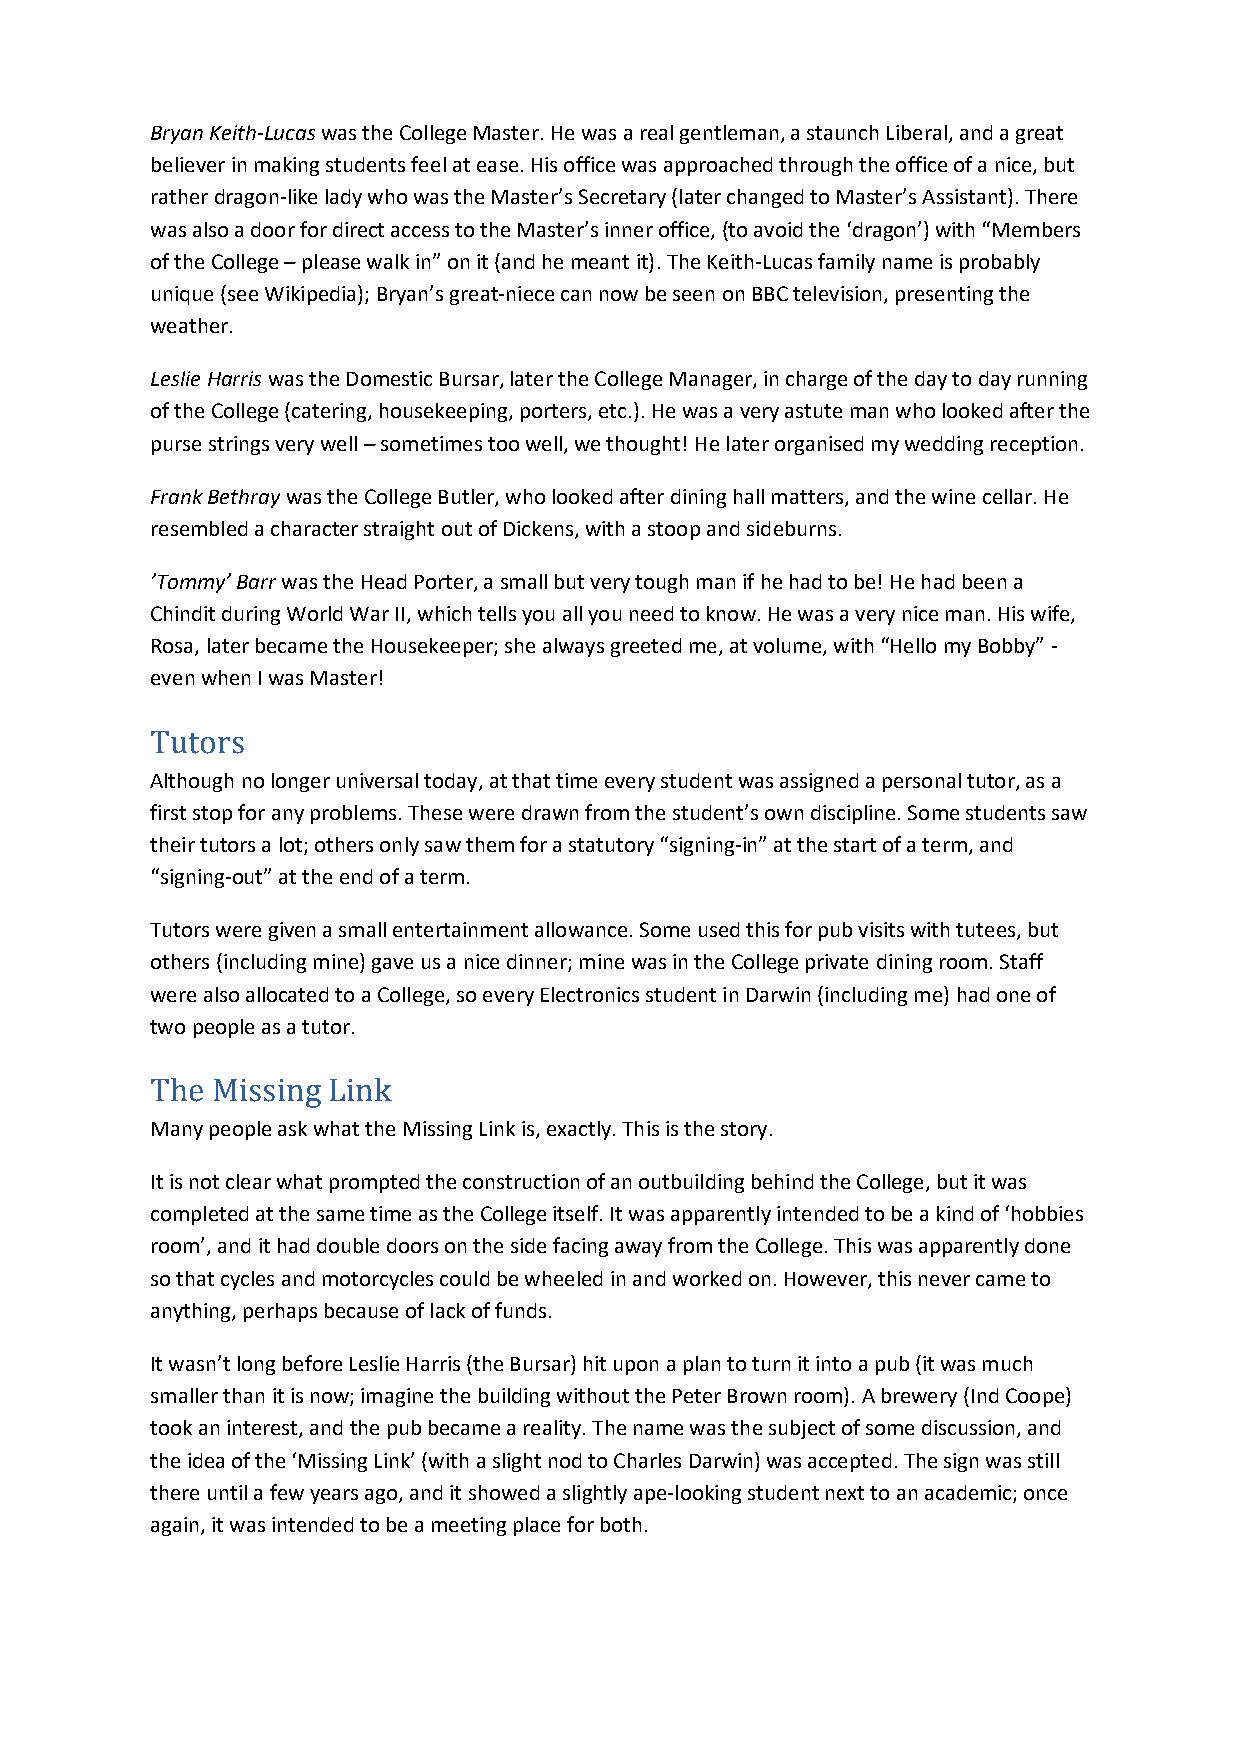
Bryan Keith-Lucas was the College Master. He was a real gentleman, a staunch Liberal, and a great
 believer in making students feel at ease. His office was approached through the office of a nice, but
 rather dragon-like lady who was the Master’s Secretary (later changed to Master’s Assistant). There
 was also a door for direct access to the Master’s inner office, (to avoid the ‘dragon’) with “Members
 of the College – please walk in” on it (and he meant it). The Keith-Lucas family name is probably
 unique (see Wikipedia); Bryan’s great-niece can now be seen on BBC television, presenting the
 weather.
 Leslie Harris was the Domestic Bursar, later the College Manager, in charge of the day to day running
 of the College (catering, housekeeping, porters, etc.). He was a very astute man who looked after the
 purse strings very well – sometimes too well, we thought! He later organised my wedding reception.
 Frank Bethray was the College Butler, who looked after dining hall matters, and the wine cellar. He
 resembled a character straight out of Dickens, with a stoop and sideburns.
 ’Tommy’ Barr was the Head Porter, a small but very tough man if he had to be! He had been a
 Chindit during World War II, which tells you all you need to know. He was a very nice man. His wife,
 Rosa, later became the Housekeeper; she always greeted me, at volume, with “Hello my Bobby” -
 even when I was Master!
 Tutors
 Although no longer universal today, at that time every student was assigned a personal tutor, as a
 first stop for any problems. These were drawn from the student’s own discipline. Some students saw
 their tutors a lot; others only saw them for a statutory “signing-in” at the start of a term, and
 “signing-out” at the end of a term.
 Tutors were given a small entertainment allowance. Some used this for pub visits with tutees, but
 others (including mine) gave us a nice dinner; mine was in the College private dining room. Staff
 were also allocated to a College, so every Electronics student in Darwin (including me) had one of
 two people as a tutor.
 The Missing Link
 Many people ask what the Missing Link is, exactly. This is the story.
 It is not clear what prompted the construction of an outbuilding behind the College, but it was
 completed at the same time as the College itself. It was apparently intended to be a kind of ‘hobbies
 room’, and it had double doors on the side facing away from the College. This was apparently done
 so that cycles and motorcycles could be wheeled in and worked on. However, this never came to
 anything, perhaps because of lack of funds.
 It wasn’t long before Leslie Harris (the Bursar) hit upon a plan to turn it into a pub (it was much
 smaller than it is now; imagine the building without the Peter Brown room). A brewery (Ind Coope)
 took an interest, and the pub became a reality. The name was the subject of some discussion, and
 the idea of the ‘Missing Link’ (with a slight nod to Charles Darwin) was accepted. The sign was still
 there until a few years ago, and it showed a slightly ape-looking student next to an academic; once
 again, it was intended to be a meeting place for both.